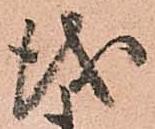
儀